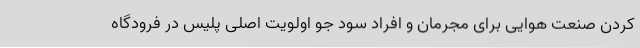
کردن صنعت هوایی برای مجرمان و افراد سود جو اولویت اصلی پلیس در فرودگاه